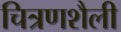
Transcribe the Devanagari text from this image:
चित्रणशैली